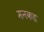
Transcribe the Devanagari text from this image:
मनकड